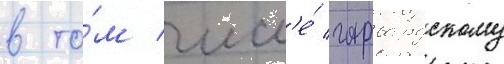
в то́м числ'е́ гарвардскому